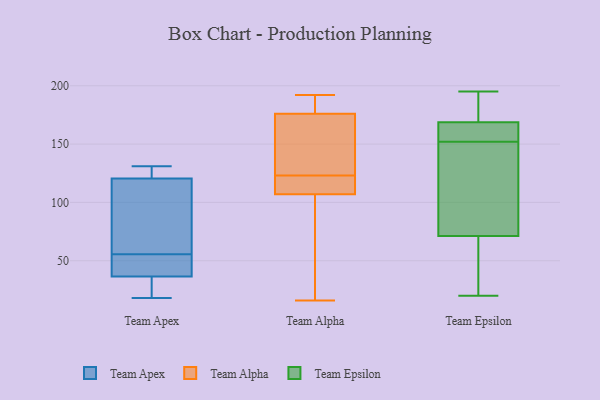
{"axis": {"x": "Population (Million)", "y": "Value"}, "legend": ["Team Alpha", "Team Apex", "Team Epsilon"], "data": [{"x": "", "y": 18, "type": "Team Apex"}, {"x": "", "y": 55, "type": "Team Apex"}, {"x": "", "y": 40, "type": "Team Apex"}, {"x": "", "y": 104, "type": "Team Apex"}, {"x": "", "y": 120, "type": "Team Apex"}, {"x": "", "y": 23, "type": "Team Apex"}, {"x": "", "y": 20, "type": "Team Apex"}, {"x": "", "y": 128, "type": "Team Apex"}, {"x": "", "y": 121, "type": "Team Apex"}, {"x": "", "y": 47, "type": "Team Apex"}, {"x": "", "y": 131, "type": "Team Apex"}, {"x": "", "y": 71, "type": "Team Apex"}, {"x": "", "y": 56, "type": "Team Apex"}, {"x": "", "y": 123, "type": "Team Apex"}, {"x": "", "y": 41, "type": "Team Apex"}, {"x": "", "y": 33, "type": "Team Apex"}, {"x": "", "y": 172, "type": "Team Alpha"}, {"x": "", "y": 114, "type": "Team Alpha"}, {"x": "", "y": 142, "type": "Team Alpha"}, {"x": "", "y": 78, "type": "Team Alpha"}, {"x": "", "y": 50, "type": "Team Alpha"}, {"x": "", "y": 190, "type": "Team Alpha"}, {"x": "", "y": 188, "type": "Team Alpha"}, {"x": "", "y": 86, "type": "Team Alpha"}, {"x": "", "y": 117, "type": "Team Alpha"}, {"x": "", "y": 149, "type": "Team Alpha"}, {"x": "", "y": 192, "type": "Team Alpha"}, {"x": "", "y": 123, "type": "Team Alpha"}, {"x": "", "y": 190, "type": "Team Alpha"}, {"x": "", "y": 121, "type": "Team Alpha"}, {"x": "", "y": 16, "type": "Team Alpha"}, {"x": "", "y": 117, "type": "Team Alpha"}, {"x": "", "y": 126, "type": "Team Alpha"}, {"x": "", "y": 165, "type": "Team Epsilon"}, {"x": "", "y": 64, "type": "Team Epsilon"}, {"x": "", "y": 20, "type": "Team Epsilon"}, {"x": "", "y": 156, "type": "Team Epsilon"}, {"x": "", "y": 159, "type": "Team Epsilon"}, {"x": "", "y": 105, "type": "Team Epsilon"}, {"x": "", "y": 170, "type": "Team Epsilon"}, {"x": "", "y": 179, "type": "Team Epsilon"}, {"x": "", "y": 128, "type": "Team Epsilon"}, {"x": "", "y": 23, "type": "Team Epsilon"}, {"x": "", "y": 195, "type": "Team Epsilon"}, {"x": "", "y": 55, "type": "Team Epsilon"}, {"x": "", "y": 152, "type": "Team Epsilon"}, {"x": "", "y": 93, "type": "Team Epsilon"}, {"x": "", "y": 172, "type": "Team Epsilon"}]}